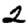
Digit: 2